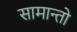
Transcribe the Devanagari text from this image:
सामान्तो